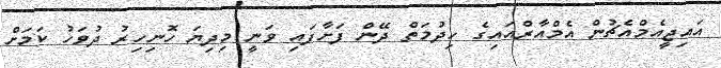
އައިޖީއެމްއެޗުން އެމްއާރްއައިގެ ހިދުމަތް ދޭން ފަށާފައި ވަނީ މިދިޔަ ހޮނިހިރު ދުވަހު ކަމަށް